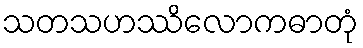
သတသဟဿိလောကဓာတုံ